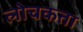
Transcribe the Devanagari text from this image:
लोचकता